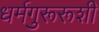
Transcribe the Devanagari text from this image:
धर्मगुरूरूशी